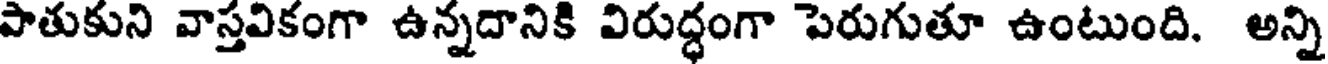
పాతుకుని వాస్తవికంగా ఉన్నదానికి విరుద్ధంగా పెరుగుతూ ఉంటుంది. అన్ని